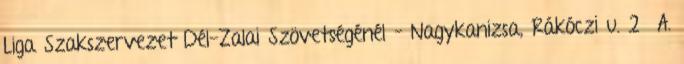
Liga Szakszervezet Dél-Zalai Szövetségénél – Nagykanizsa, Rákóczi u. 2 A.